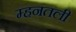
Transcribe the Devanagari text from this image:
म्हनतली